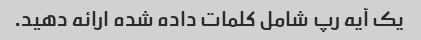
یک آیه رپ شامل کلمات داده شده ارائه دهید.